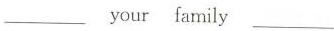
___your family___